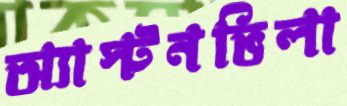
অ্যাস্টনভিলা